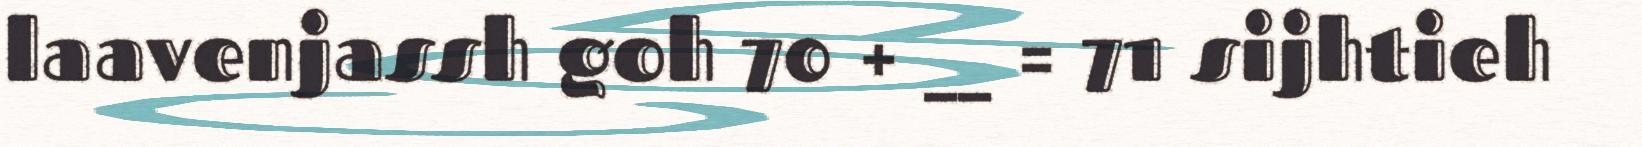
laavenjassh goh 70 + __ = 71 sijhtieh